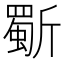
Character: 𭤦